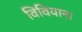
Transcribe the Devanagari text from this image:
विवियाना